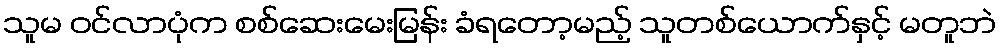
သူမ ဝင်လာပုံက စစ်ဆေးမေးမြန်း ခံရတော့မည့် သူတစ်ယောက်နှင့် မတူဘဲ